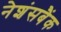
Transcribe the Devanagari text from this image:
नेशंसबैंक